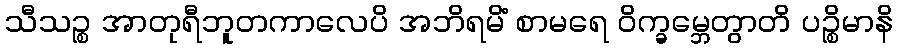
သီသဉ္စ အာတုရီဘူတကာလေပိ အဘိရမိံ စာမရေ ဝိက္ခမ္ဘေတွာတိ ပဉ္စိမာနိ